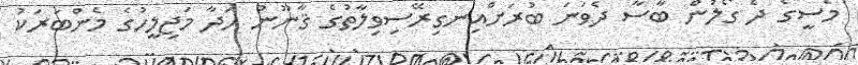
މެސީގެ ދެ ގޯލުން ބާސާ ދެވަނަ ބުރަށްއިނގިރޭސިވިލާތުގެ ޤާނޫނު ހަދާ މަޖިލީހުގެ މެންބަރަކު